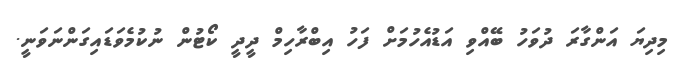
މިދިޔަ އަންގާރަ ދުވަހު ބޭއްވި އަޑުއެހުމަށް ފަހު އިބްރާހިމް ދީދީ ކޯޓުން ނުކުމެވަޑައިގަންނަވަނީ.